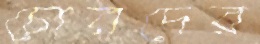
চোরদের